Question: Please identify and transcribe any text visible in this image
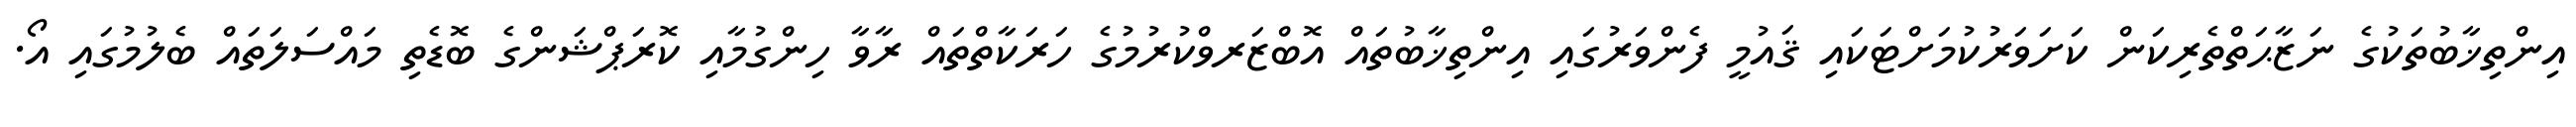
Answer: އިންތިޚާބުތަކުގެ ނަޒާޙަތްތެރިކަން ކަށަވަރުކުމަށްޓަކައި ޤައުމީ ފެންވަރުގައި އިންތިޚާބުތައް އޮބްޒަރވްކުރުމުގެ ހަރަކާތްތައް ރާވާ ހިންގުމާއި ކޮރަޕްޝަންގެ ބޮޑެތި މައްސަލަތައް ބެލުމުގައި އޯ.